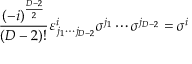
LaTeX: \frac { ( - i ) ^ { \frac { D - 2 } { 2 } } } { ( D - 2 ) ! } \varepsilon _ { \, j _ { 1 } \cdots j _ { D - 2 } } ^ { i } \sigma ^ { j _ { 1 } } \cdots \sigma ^ { j _ { D - 2 } } = \sigma ^ { i }